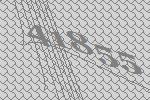
41855